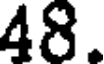
48.